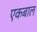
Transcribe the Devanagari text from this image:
एकबाल